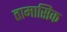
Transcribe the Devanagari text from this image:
तामासिक